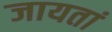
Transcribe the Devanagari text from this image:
जायतां